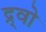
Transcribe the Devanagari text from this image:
द्र्वो